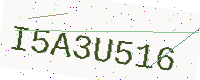
Text: I5A3U516